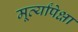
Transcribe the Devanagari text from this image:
मूर्त्यांपेक्षा